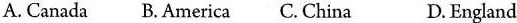
A. Canada B. America C. China D.England